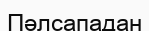
Пәлсападан